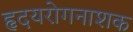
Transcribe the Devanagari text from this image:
हृदयरोगनाशक